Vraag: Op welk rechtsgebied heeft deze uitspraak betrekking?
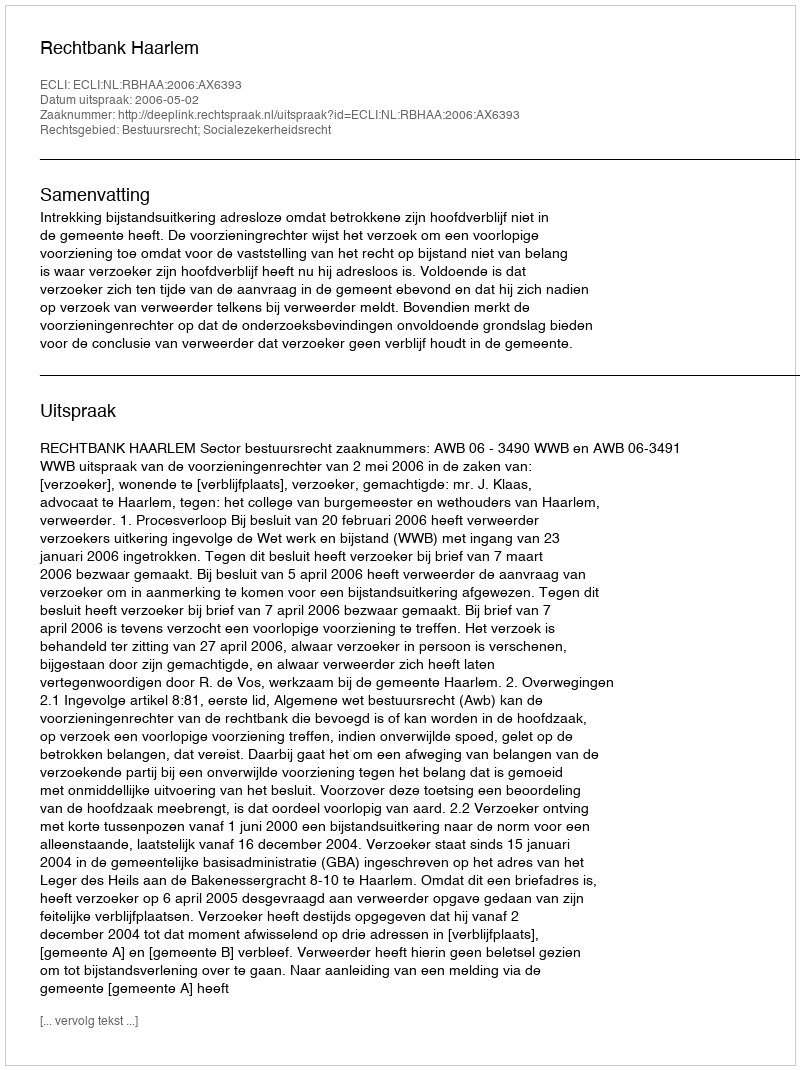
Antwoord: Bestuursrecht; Socialezekerheidsrecht